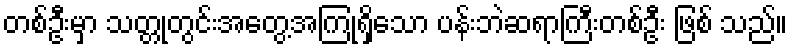
တစ်ဦးမှာ သတ္တုတွင်းအတွေ့အကြုံရှိသော ပန်းဘဲဆရာကြီးတစ်ဦး ဖြစ် သည်။